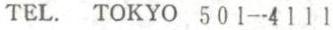
TEL. TOKYO 501-4111